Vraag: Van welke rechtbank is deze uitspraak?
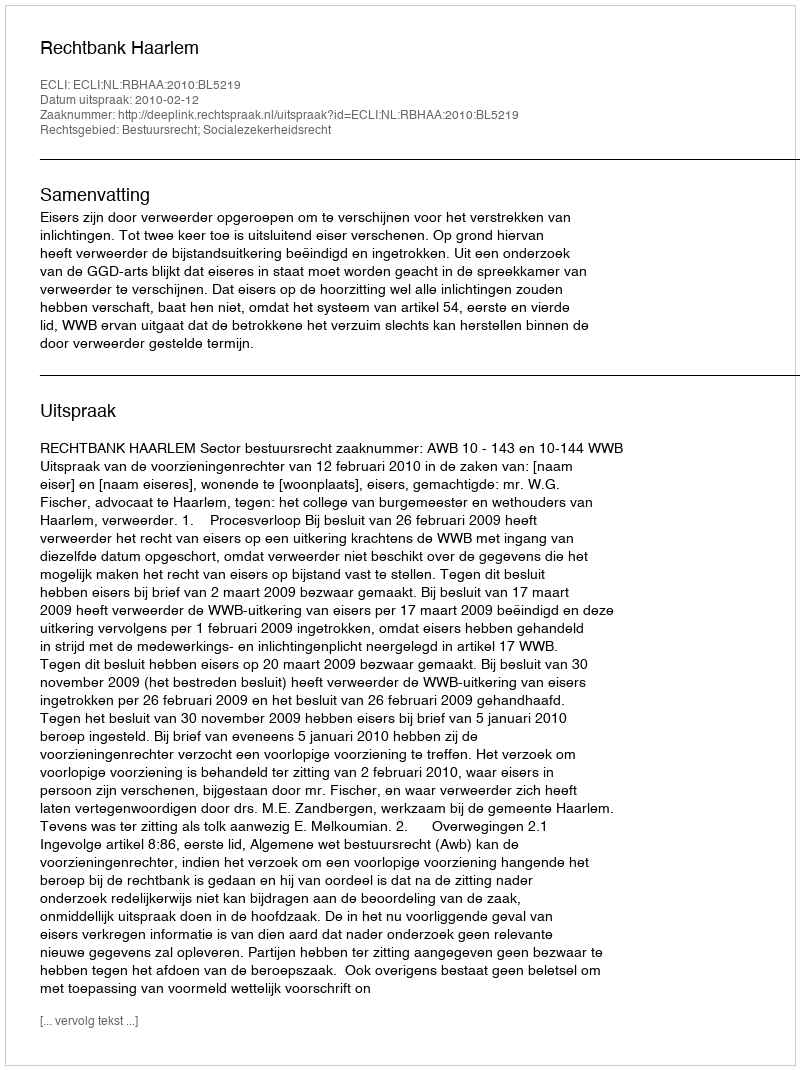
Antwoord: Rechtbank Haarlem